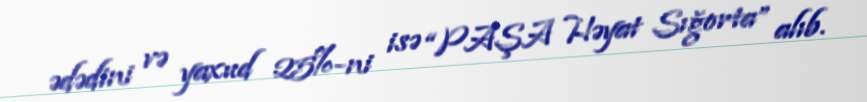
ədədini və yaxud 25%-ni isə “PAŞA Həyat Sığorta” alıb.